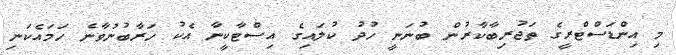
މި އިންޑަސްޓްރީގެ ތަޖުރިބާކާރުން ބުނަނީ ހުދު ކުލައިގެ އިސްޓާކީނާ އެކު ހަރާބުނުވާނެ ހަމައެކަނި